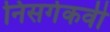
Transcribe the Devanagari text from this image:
निसर्गकवी